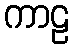
ကာဠ